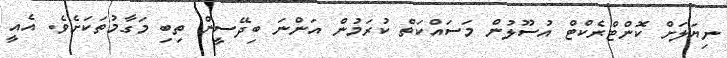
ނިޔަލަށް ކޮންޓްރެކްޓް އުސޫލުން މަސައްކަތް ކުރަމުން އަންނަ ބިދޭސީން ތިބި މަގާމުތަކަށެވެ. އެއީ